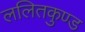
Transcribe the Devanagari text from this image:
ललितकुण्ड